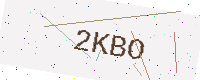
Text: 2KBO